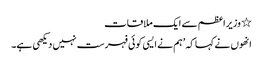
٭ وزیراعظم سے ایک ملاقات
انھوں نے کہا کہ ’ہم نے ایسی کوئی فہرست نہیں دیکھی ہے۔